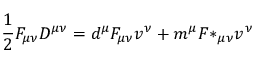
{ \frac { 1 } { 2 } } F _ { \mu \nu } D ^ { \mu \nu } = d ^ { \mu } F _ { \mu \nu } v ^ { \nu } + m ^ { \mu } { F * } _ { \mu \nu } v ^ { \nu }